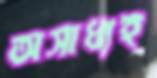
অসাধ্যই